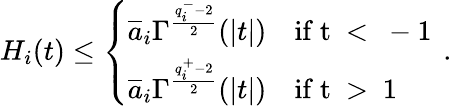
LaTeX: H_{i}(t)\leq\left\{ \begin{array}{l}{\displaystyle\overline{{a}}_{i}\Gamma^{\frac{q_{i}^{-}-2}{2}}(|t|)\quad\mathrm{if~t~<~-1~}}\\ {\displaystyle\overline{{a}}_{i}\Gamma^{\frac{q_{i}^{+}-2}{2}}(|t|)\quad\mathrm{if~t~>~1~}}\end{array}\right.\, .